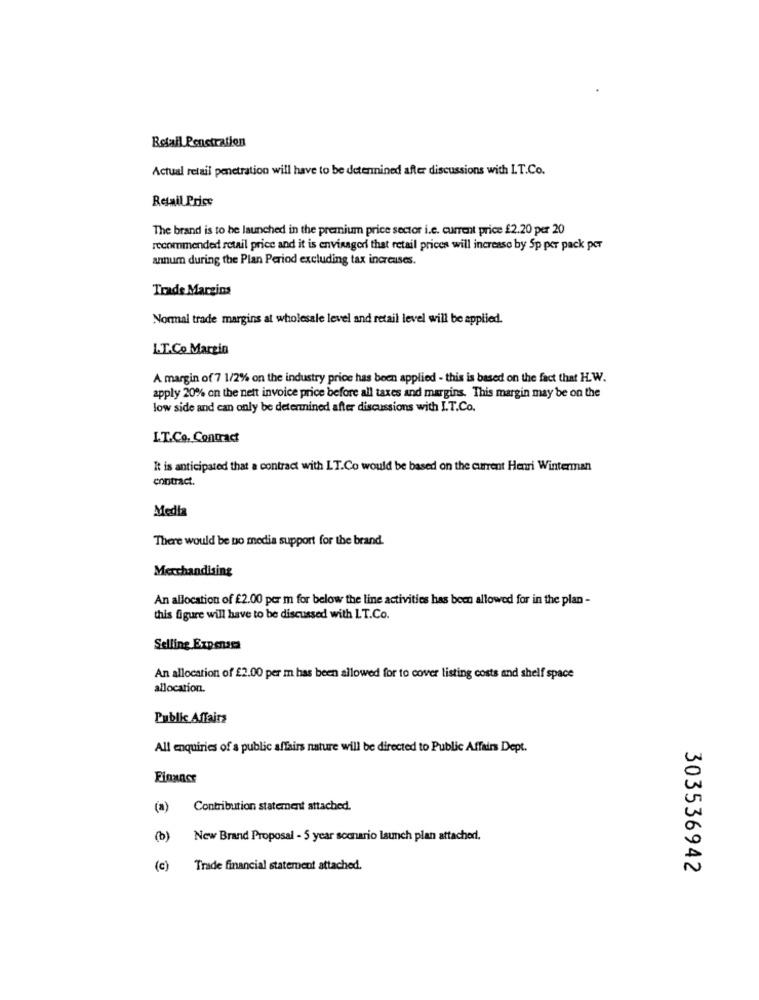
Retail Penetration
Actual retail penetration will have to be determined after discussions with I.T.Co.
Retail Price
The brand is to be launched in the premium price sector i.e. current price £2.20 per 20
recommended retail price and it is envisager that retail prices will increase by Sp per pack per
annum during the Plan Period excluding tax increases.
Trade Margins
Normal trade margins at wholesale level and retail level will be applied.
L.T.Co Marzio
A margin of 7 1/2% on the industry price has been applied - this is based on the fact that H.W.
apply 20% on the nett invoice price before all taxes and margins. This margin may be on the
low side and can only be determined after discussions with I.T.Co.
I.T.Co. Contract
It is anticipated that a contract with LT.Co would be based on the current Henri Winterman
contract.
Media
There would be to media support for the brand.
Merchandising
An allocation of £2.00 per m for below the line activities has been allowed for in the plan -
this figure will have to be discussed with LT.Co.
Selling Expenasa
An allocation of £2.00 per m has been allowed for to cover listing costs and shelf space
allocation.
Public Affairs
All enquiries of a public affairs nature will be directed to Public Affairs Dept.
Finanse
(a)
Contribution statement attached.
(0)
New Brand Proposal - 5 year scenario launch plan attached.
(c)
Trade financial statement attached.
303536942